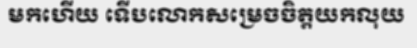
មកហើយ ទើបលោកសម្រេចចិត្តយកលុយ